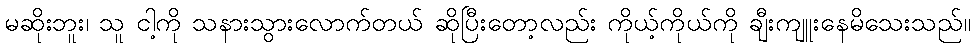
မဆိုးဘူး၊ သူ ငါ့ကို သနားသွားလောက်တယ် ဆိုပြီးတော့လည်း ကိုယ့်ကိုယ်ကို ချီးကျူးနေမိသေးသည်။